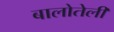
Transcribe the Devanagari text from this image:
बालोतेली